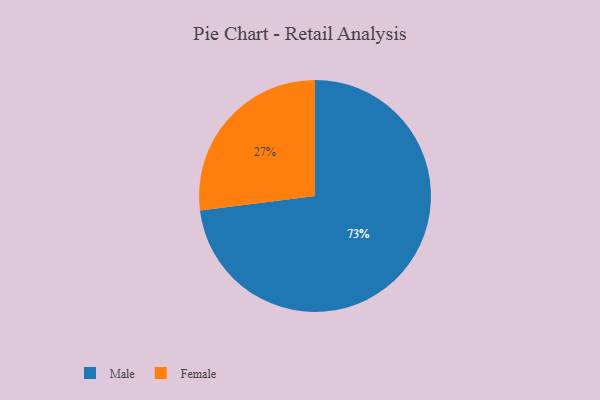
{"axis": {"x": "Category", "y": "Percentage"}, "legend": ["Female", "Male"], "data": [{"x": "Female", "y": 27, "type": "Female"}, {"x": "Male", "y": 73, "type": "Male"}]}